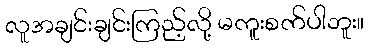
လူအချင်းချင်းကြည့်လို့ မကူးစက်ပါဘူး။